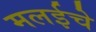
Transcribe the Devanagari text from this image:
मलईचे